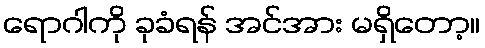
ရောဂါကို ခုခံရန် အင်အား မရှိတော့။